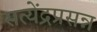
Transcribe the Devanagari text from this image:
सत्येंद्रप्रसन्न